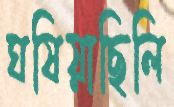
ঘষিয়াছিলি